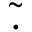
\widetilde { . }